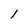
Character: 1